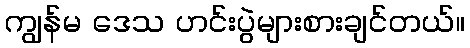
ကျွန်မ ဒေသ ဟင်းပွဲများစားချင်တယ်။